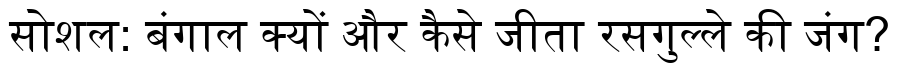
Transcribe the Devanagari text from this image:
सोशल: बंगाल क्यों और कैसे जीता रसगुल्ले की जंग?